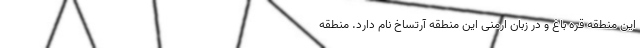
این منطقه قره باغ و در زبان ارمنی این منطقه آرتساخ نام دارد. منطقه